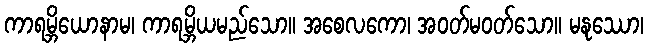
ကာရမ္ဘိယောနာမ၊ ကာရမ္ဘိယမည်သော။ အစေလကော၊ အဝတ်မဝတ်သော။ မနုဿော၊